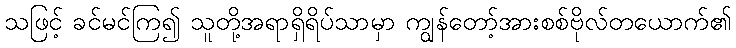
သဖြင့် ခင်မင်ကြ၍ သူတို့အရာရှိရိပ်သာမှာ ကျွန်တော့်အားစစ်ဗိုလ်တယောက်၏